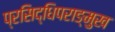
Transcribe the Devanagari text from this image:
प्रसिद्धिपराङ्मुख